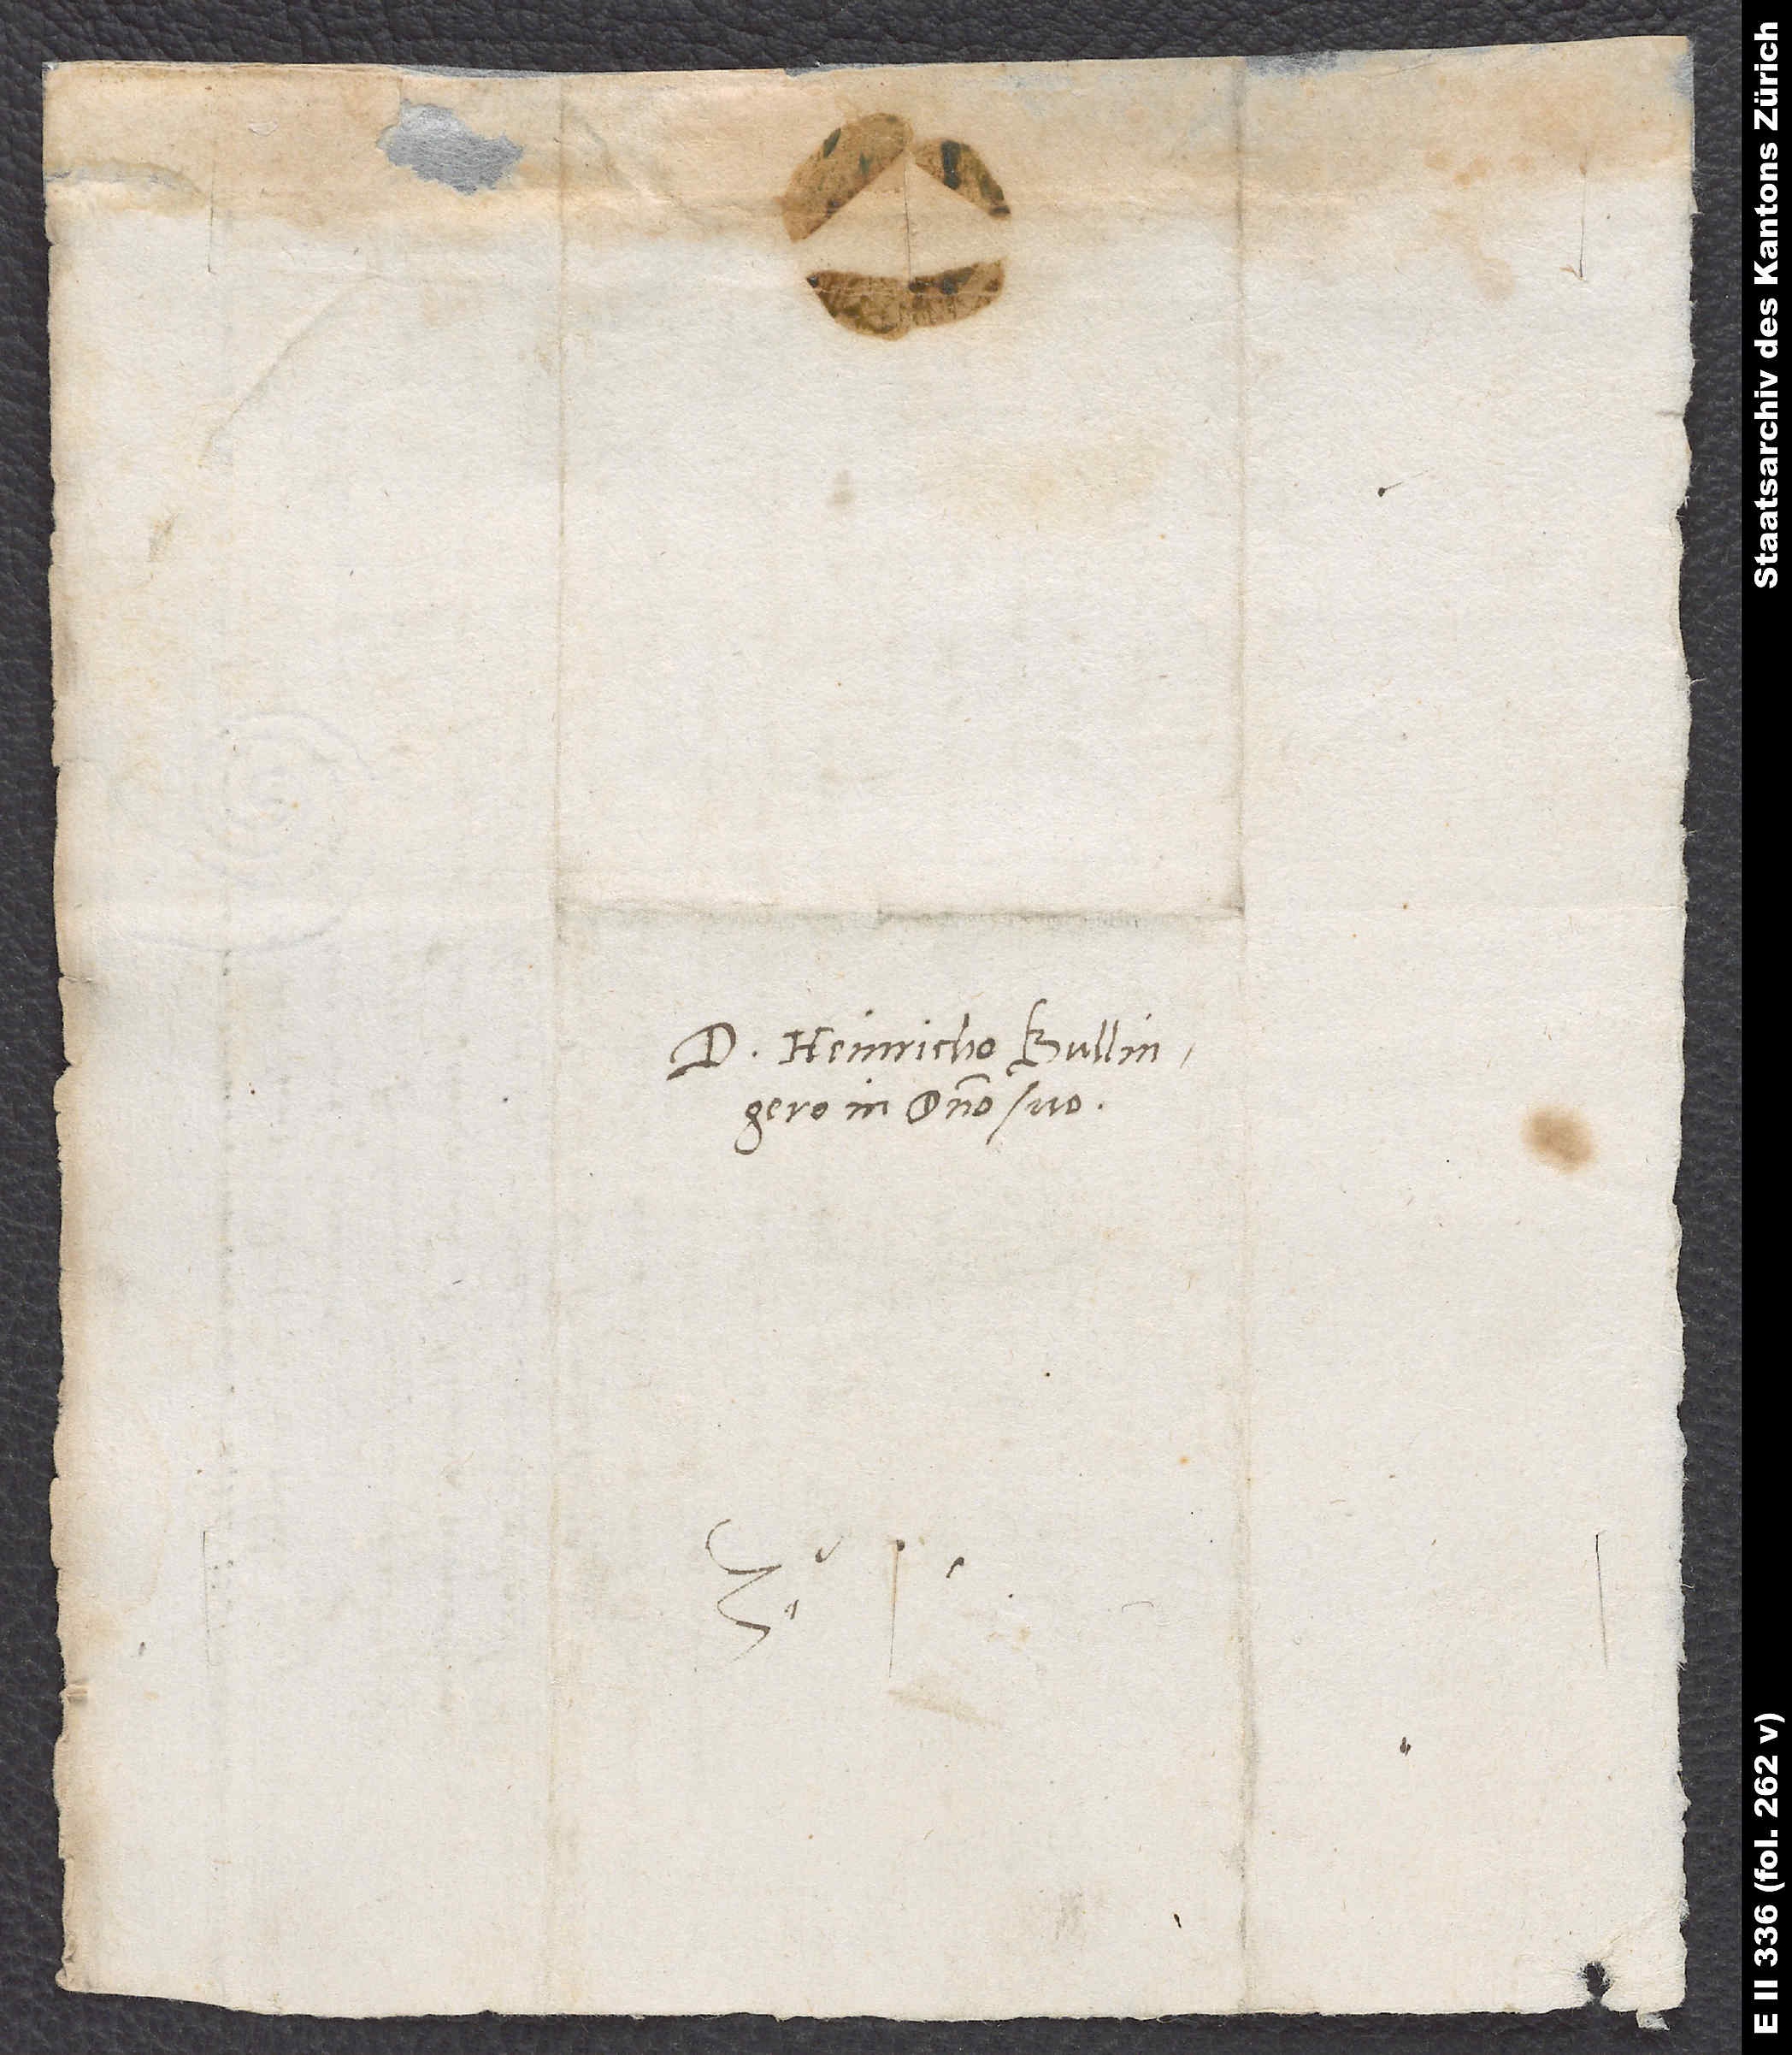
D. Heinricho Bullingero,
in domino suo.